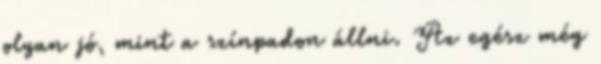
olyan jó, mint a színpadon állni. Az egész még